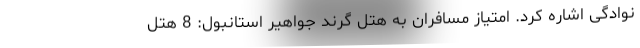
نوادگی اشاره کرد. امتیاز مسافران به هتل گرند جواهیر استانبول: 8 هتل